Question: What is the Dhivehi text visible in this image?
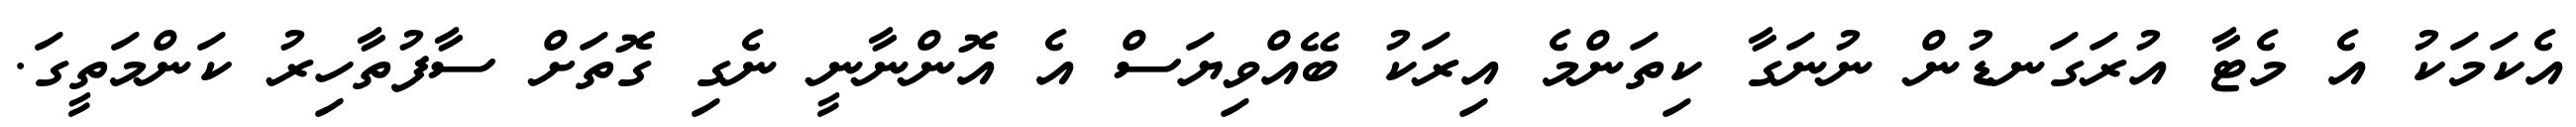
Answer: އެކަމަކު އެ މެޓާ އުރަގަނޑުން ނުނަގާ ކިތަންމެ އިރަކު ބޭއްވިޔަސް އެ އޮންނާނީ ނެގި ގޮތަށް ސާފުތާހިރު ކަންމަތީގަ.